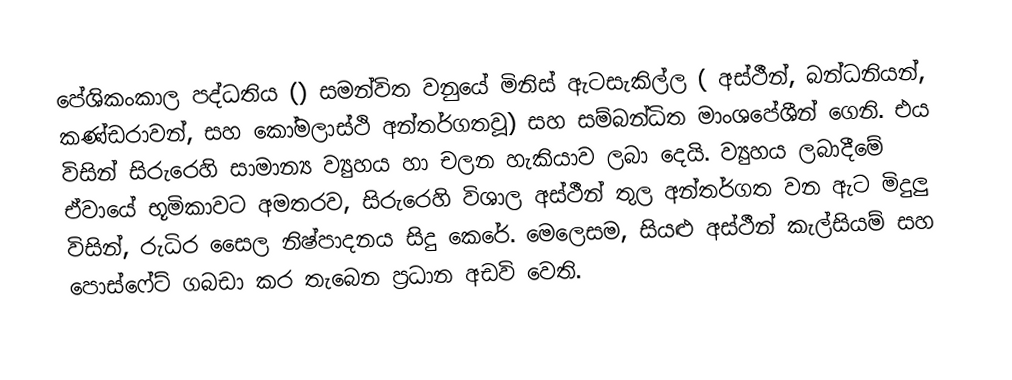
පේශිකංකාල පද්ධතිය () සමන්විත වනුයේ මිනිස් ඇටසැකිල්ල ( අස්ථීන්, බන්ධනියන්, කණ්ඩරාවන්, සහ ‍කෝමලාස්ථි අන්තර්ගතවූ) සහ සම්බන්ධිත මාංශපේශීන් ගෙනි. එය විසින් සිරුරෙහි සාමාන්‍ය ව්‍යුහය හා චලන හැකියාව ලබා දෙයි. ව්‍යුහය ලබාදීමේ ඒවායේ භූමිකාවට අමතරව, සිරුරෙහි විශාල අස්ථීන් තුල අන්තර්ගත වන ඇට මිදුලු විසින්, රුධිර සෛල නිෂ්පාදනය සිදු කෙරේ. මෙලෙසම, සියළු අස්ථීන් කැල්සියම් සහ පොස්ෆේට් ගබඩා කර තැබෙන ප්‍රධාන අඩවි වෙති.